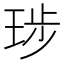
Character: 㻉